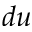
d u